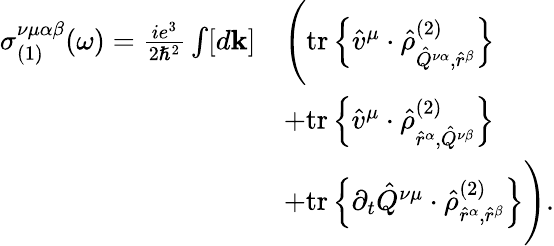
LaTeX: \begin{array}{rl}{\sigma_{(1)}^{\nu\mu\alpha\beta}(\omega)=\frac{ie^{3}}{2\hslash^{2}}\int[d\mathbf{k}]}&{\Bigg(\mathrm{tr}\left\{ \hat{v}^{\mu}\cdot\hat{\rho}_{\hat{Q}^{\nu\alpha},\hat{r}^{\beta}}^{(2)}\right\} }\\ &{+\mathrm{tr}\left\{ \hat{v}^{\mu}\cdot\hat{\rho}_{\hat{r}^{\alpha},\hat{Q}^{\nu\beta}}^{(2)}\right\} }\\ &{+\mathrm{tr}\left\{ \partial_{t}\hat{Q}^{\nu\mu}\cdot\hat{\rho}_{\hat{r}^{\alpha},\hat{r}^{\beta}}^{(2)}\right\} \Bigg)\mathrm{.}}\end{array}